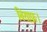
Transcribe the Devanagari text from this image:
बियाफ्रा